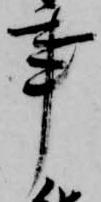
事